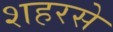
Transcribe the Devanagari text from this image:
शहरसे